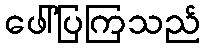
ဖေါ်ပြကြသည်